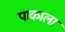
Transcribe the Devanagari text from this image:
पाकाला